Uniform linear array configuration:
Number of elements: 4
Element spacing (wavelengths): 0.5
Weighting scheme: hann
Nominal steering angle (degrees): -30
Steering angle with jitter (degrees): -31.379
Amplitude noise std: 0.05
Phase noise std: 0.05

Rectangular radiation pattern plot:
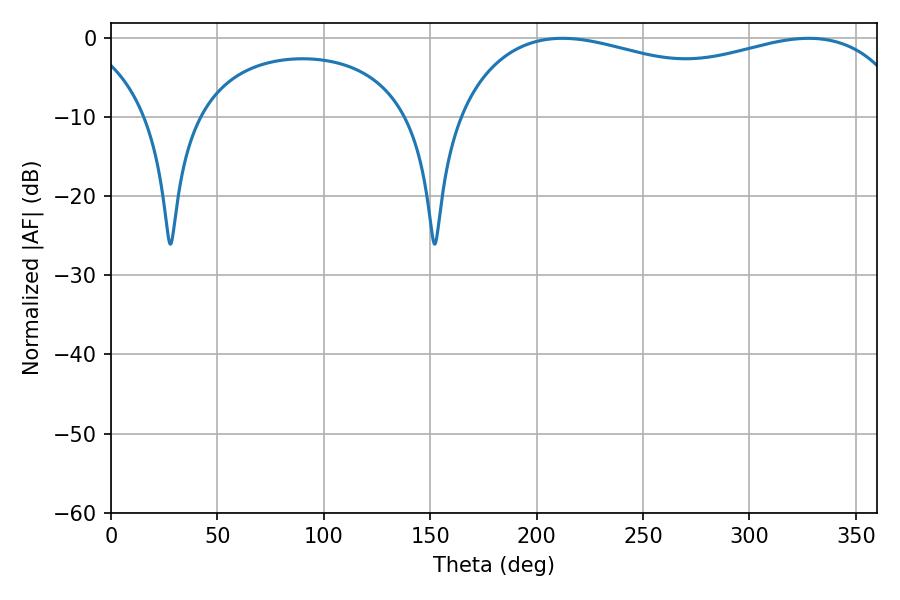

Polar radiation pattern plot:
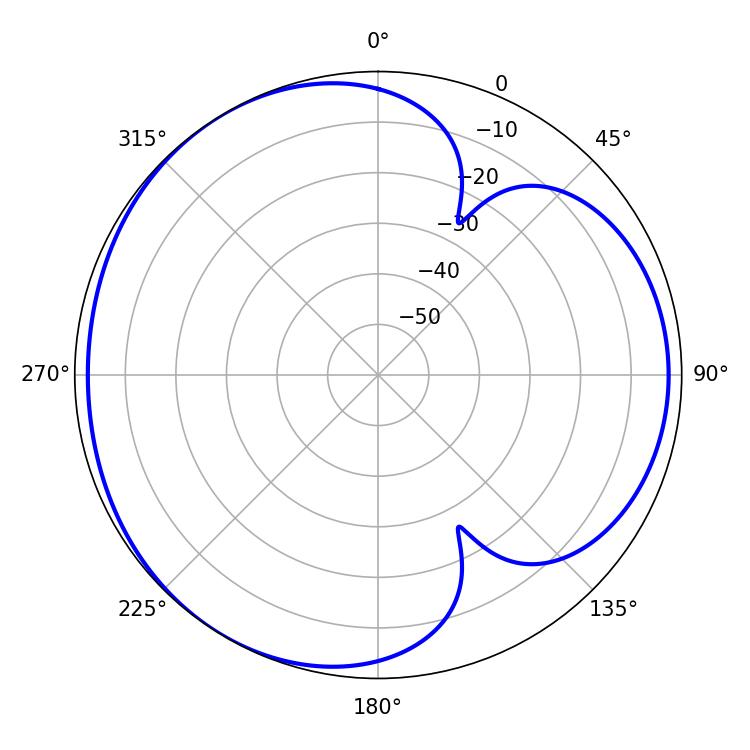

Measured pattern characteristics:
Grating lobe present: FALSE
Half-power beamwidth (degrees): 176.4
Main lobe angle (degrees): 212.22